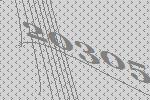
20305